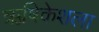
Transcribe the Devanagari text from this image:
ऋषिकेशला